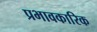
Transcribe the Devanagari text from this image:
प्रभावकारिक